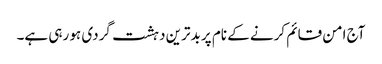
آج امن قائم کرنے کے نام پر بدترین دہشت گردی ہو رہی ہے۔